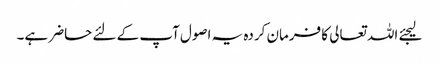
لیجئے اللہ تعالی کا فرمان کردہ یہ اصول آپ کے لئے حاضر ہے۔